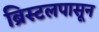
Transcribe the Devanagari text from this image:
ब्रिस्टलपासून